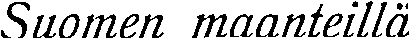
Suomen maanteillä